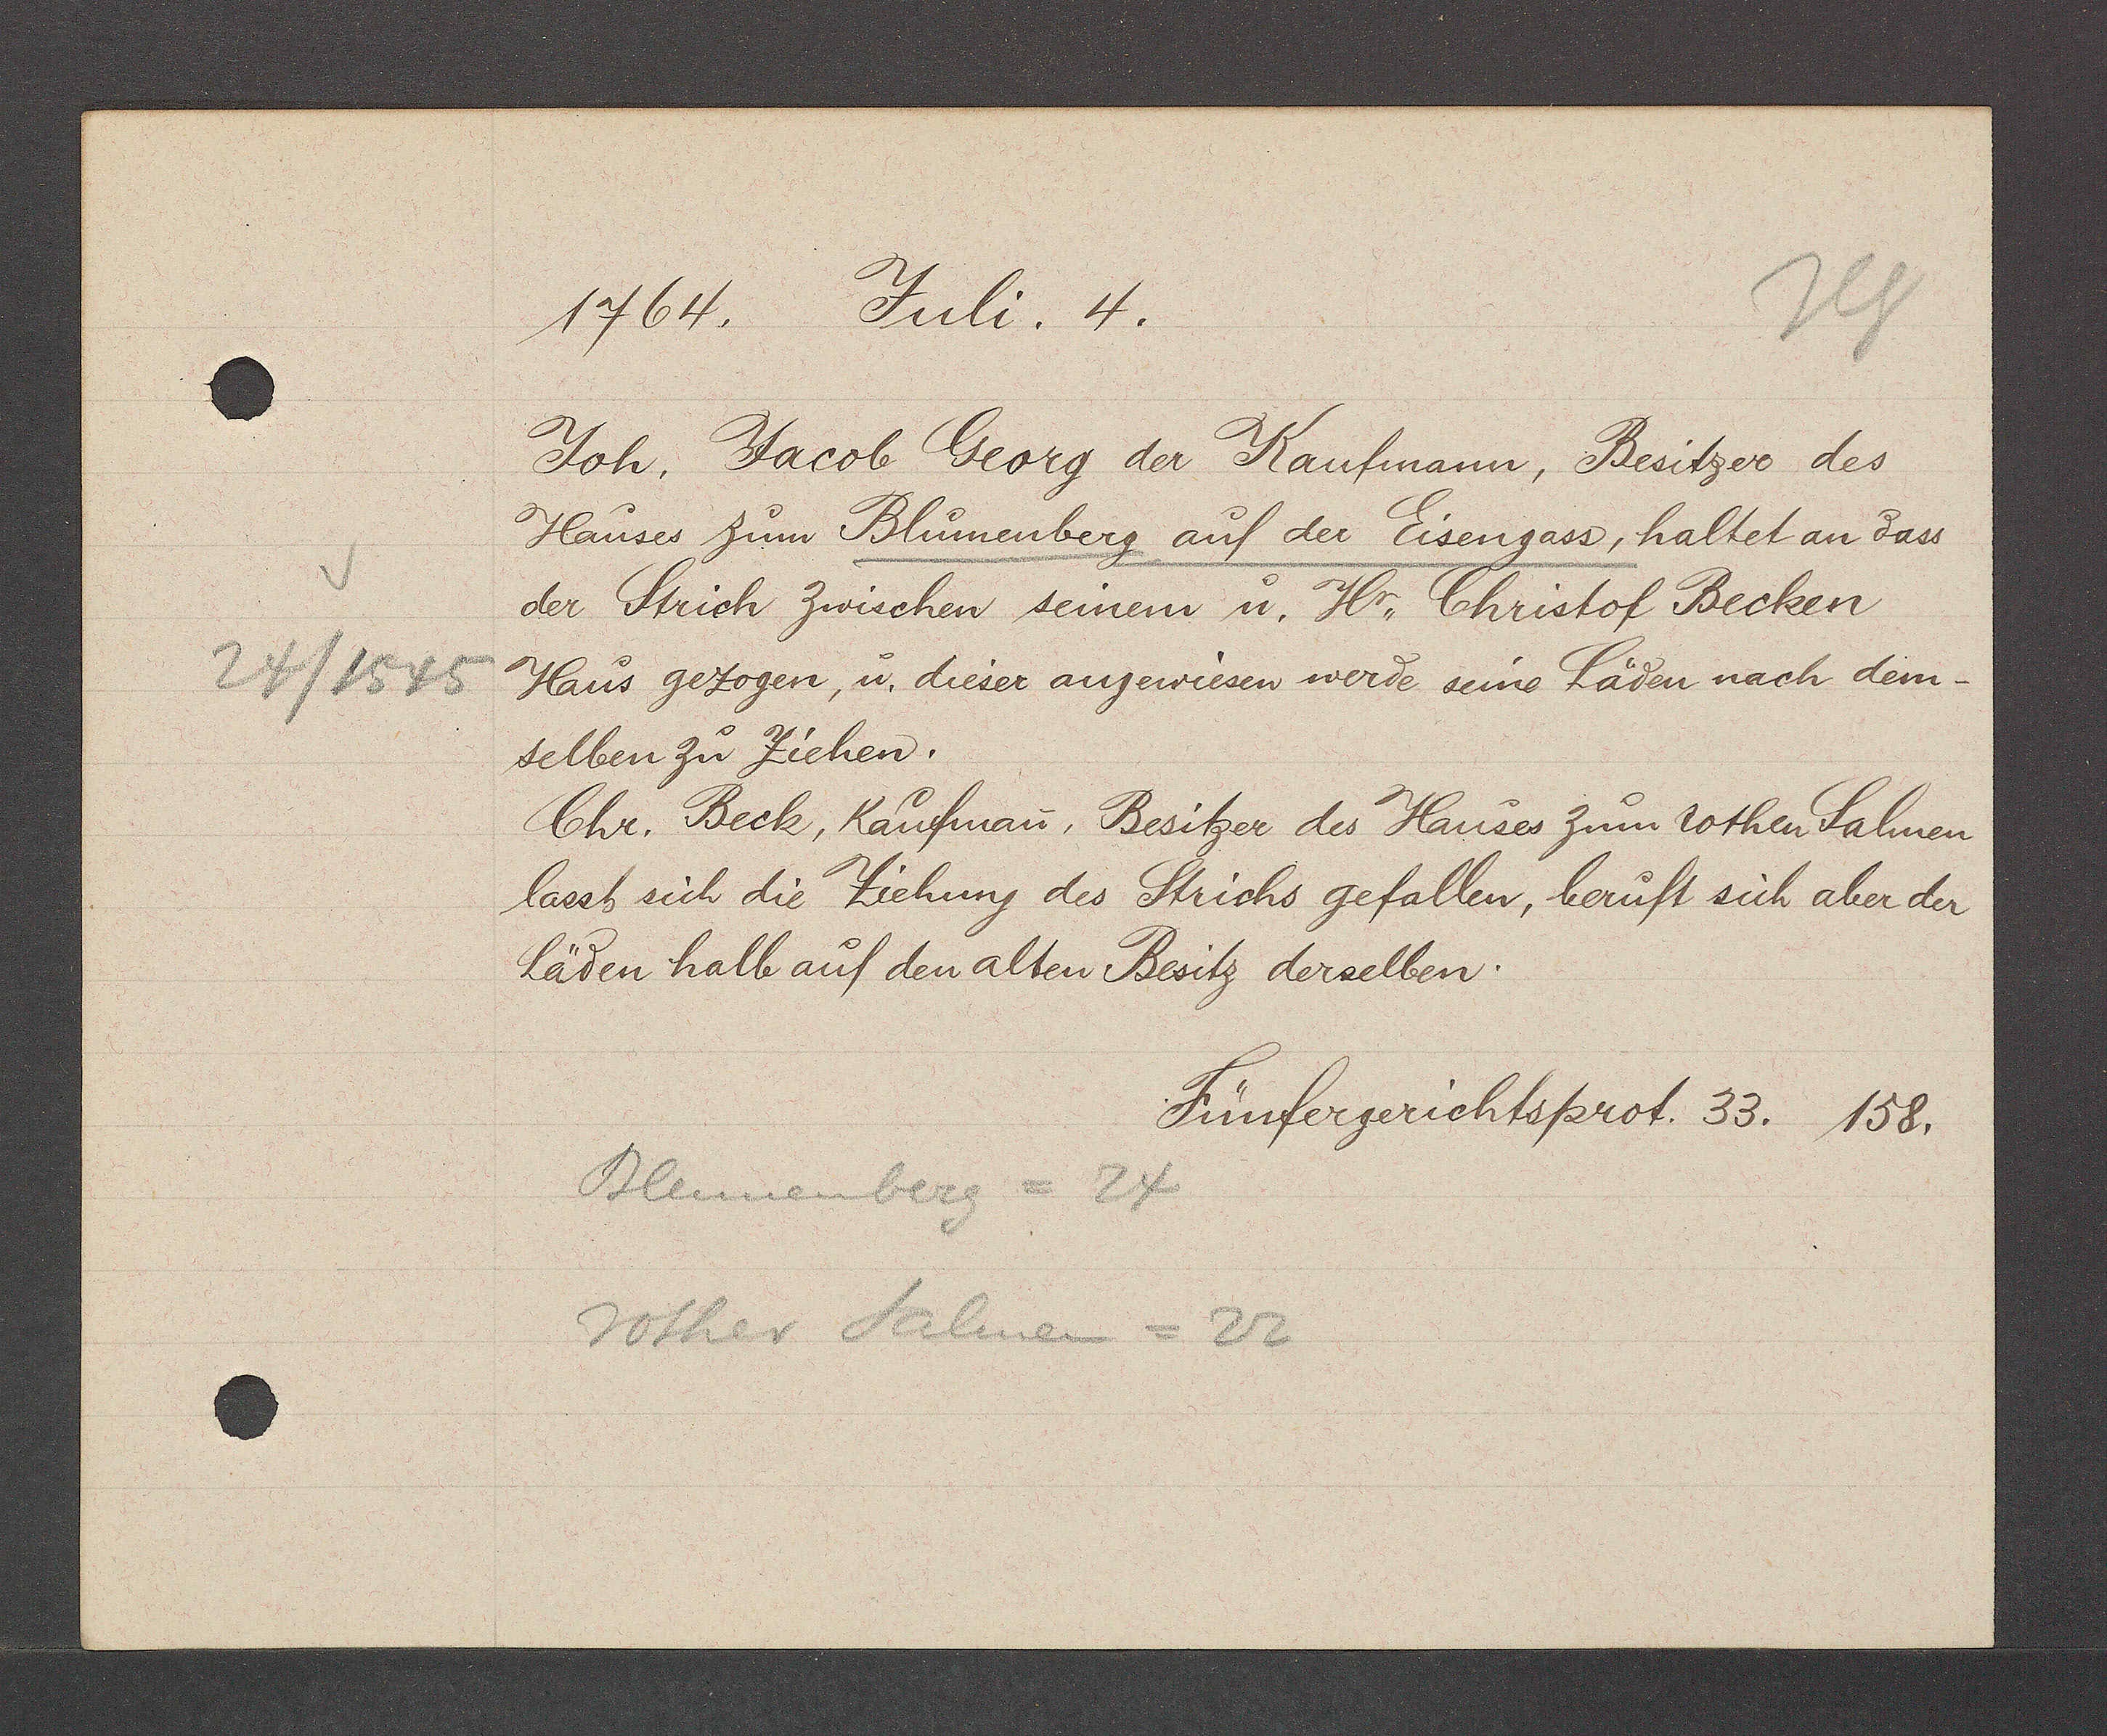
Transcript:
24/1545

1764. Juli. 4.
Joh. Jacob Georg der Kaufmann, Besitzer des
Hauses Zum Blumenberg auf der Eisengass, haltet an dass
der Strich Zwischen seinem u. Hr, Christof Becken
Haus gezogen, u. dieser angewiesen werde seine Läden nach dem¬
selben zu Ziehen.
Chr. Beck, Kaufman, Besitzer des Hauses Zum rothen Salmen
lasst sich die Ziehung des Strichs gefallen, berüft sich aber der
Läden halb auf den alten Besitz derselben.
Fünfergerichtsßrot. 33. 158.
Blumenberg = 24
Rother Salmen = 22